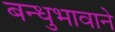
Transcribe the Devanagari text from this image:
बन्धुभावाने